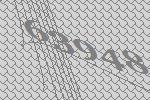
63948